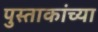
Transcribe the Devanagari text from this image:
पुस्ताकांच्या